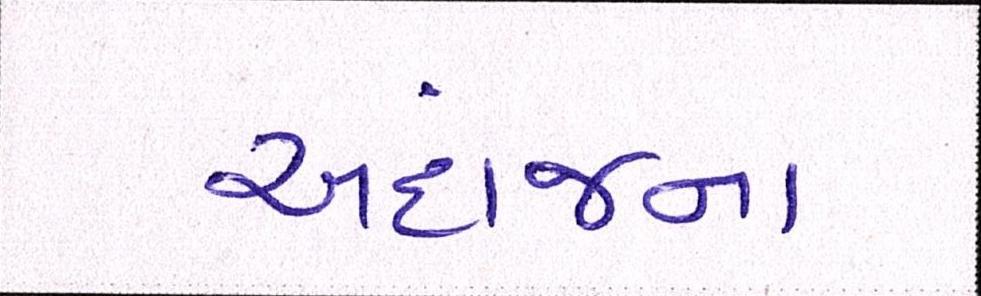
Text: અંદાજના